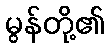
မွန်တို့၏